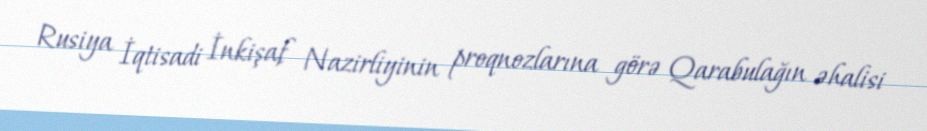
Rusiya İqtisadi İnkişaf Nazirliyinin proqnozlarına görə Qarabulağın əhalisi